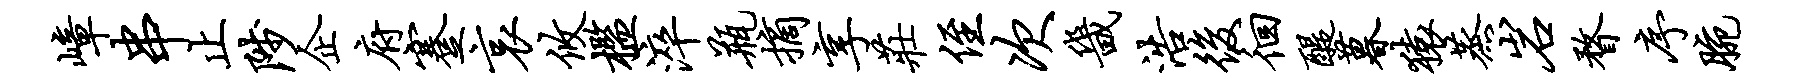
嶂串止陟企府蹇哀攸槛淬瓶摘享庄侄次畿浩后徊醍暮猿蒸岩瞀序腕